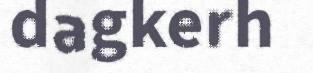
dagkerh